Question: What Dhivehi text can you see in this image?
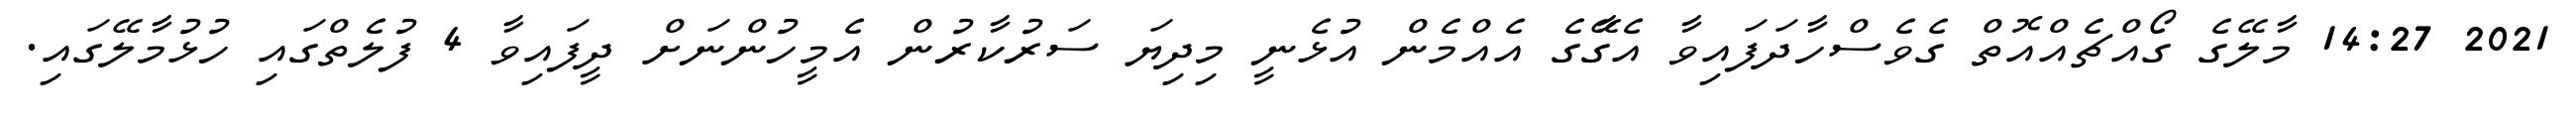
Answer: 2021 14:27 މާލޭގެ ގޯއްޗެއްއޮތް ގެވެސްހާދަފައިވާ އެގޭާގެ އެއްމެން އުޅެނީ މިދިޔަ ސަރުކާރުން އެމީހުންނަށް ދީފައިވާ 4 ފުލެތްގައި ހުޅުމާލޭގައި.